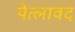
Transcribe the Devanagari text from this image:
पेत्लावद